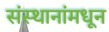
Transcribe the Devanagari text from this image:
संस्थानांमधून